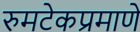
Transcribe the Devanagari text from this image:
रुमटेकप्रमाणे